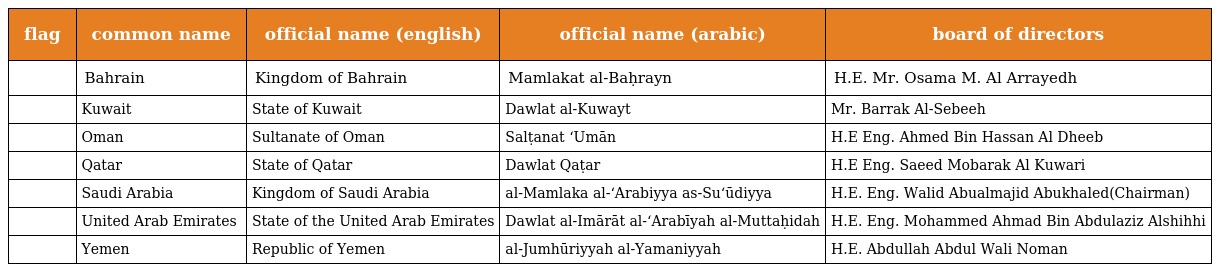
| flag | common name | official name (english) | official name (arabic) | board of directors |
 | --- | --- | --- | --- | --- |
 |  | Bahrain | Kingdom of Bahrain | Mamlakat al-Baḥrayn | H.E. Mr. Osama M. Al Arrayedh |
 |  | Kuwait | State of Kuwait | Dawlat al-Kuwayt | Mr. Barrak Al-Sebeeh |
 |  | Oman | Sultanate of Oman | Salṭanat ʻUmān | H.E Eng. Ahmed Bin Hassan Al Dheeb |
 |  | Qatar | State of Qatar | Dawlat Qaṭar | H.E Eng. Saeed Mobarak Al Kuwari |
 |  | Saudi Arabia | Kingdom of Saudi Arabia | al-Mamlaka al-ʻArabiyya as-Suʻūdiyya | H.E. Eng. Walid Abualmajid Abukhaled(Chairman) |
 |  | United Arab Emirates | State of the United Arab Emirates | Dawlat al-Imārāt al-‘Arabīyah al-Muttaḥidah | H.E. Eng. Mohammed Ahmad Bin Abdulaziz Alshihhi |
 |  | Yemen | Republic of Yemen | al-Jumhūriyyah al-Yamaniyyah | H.E. Abdullah Abdul Wali Noman |